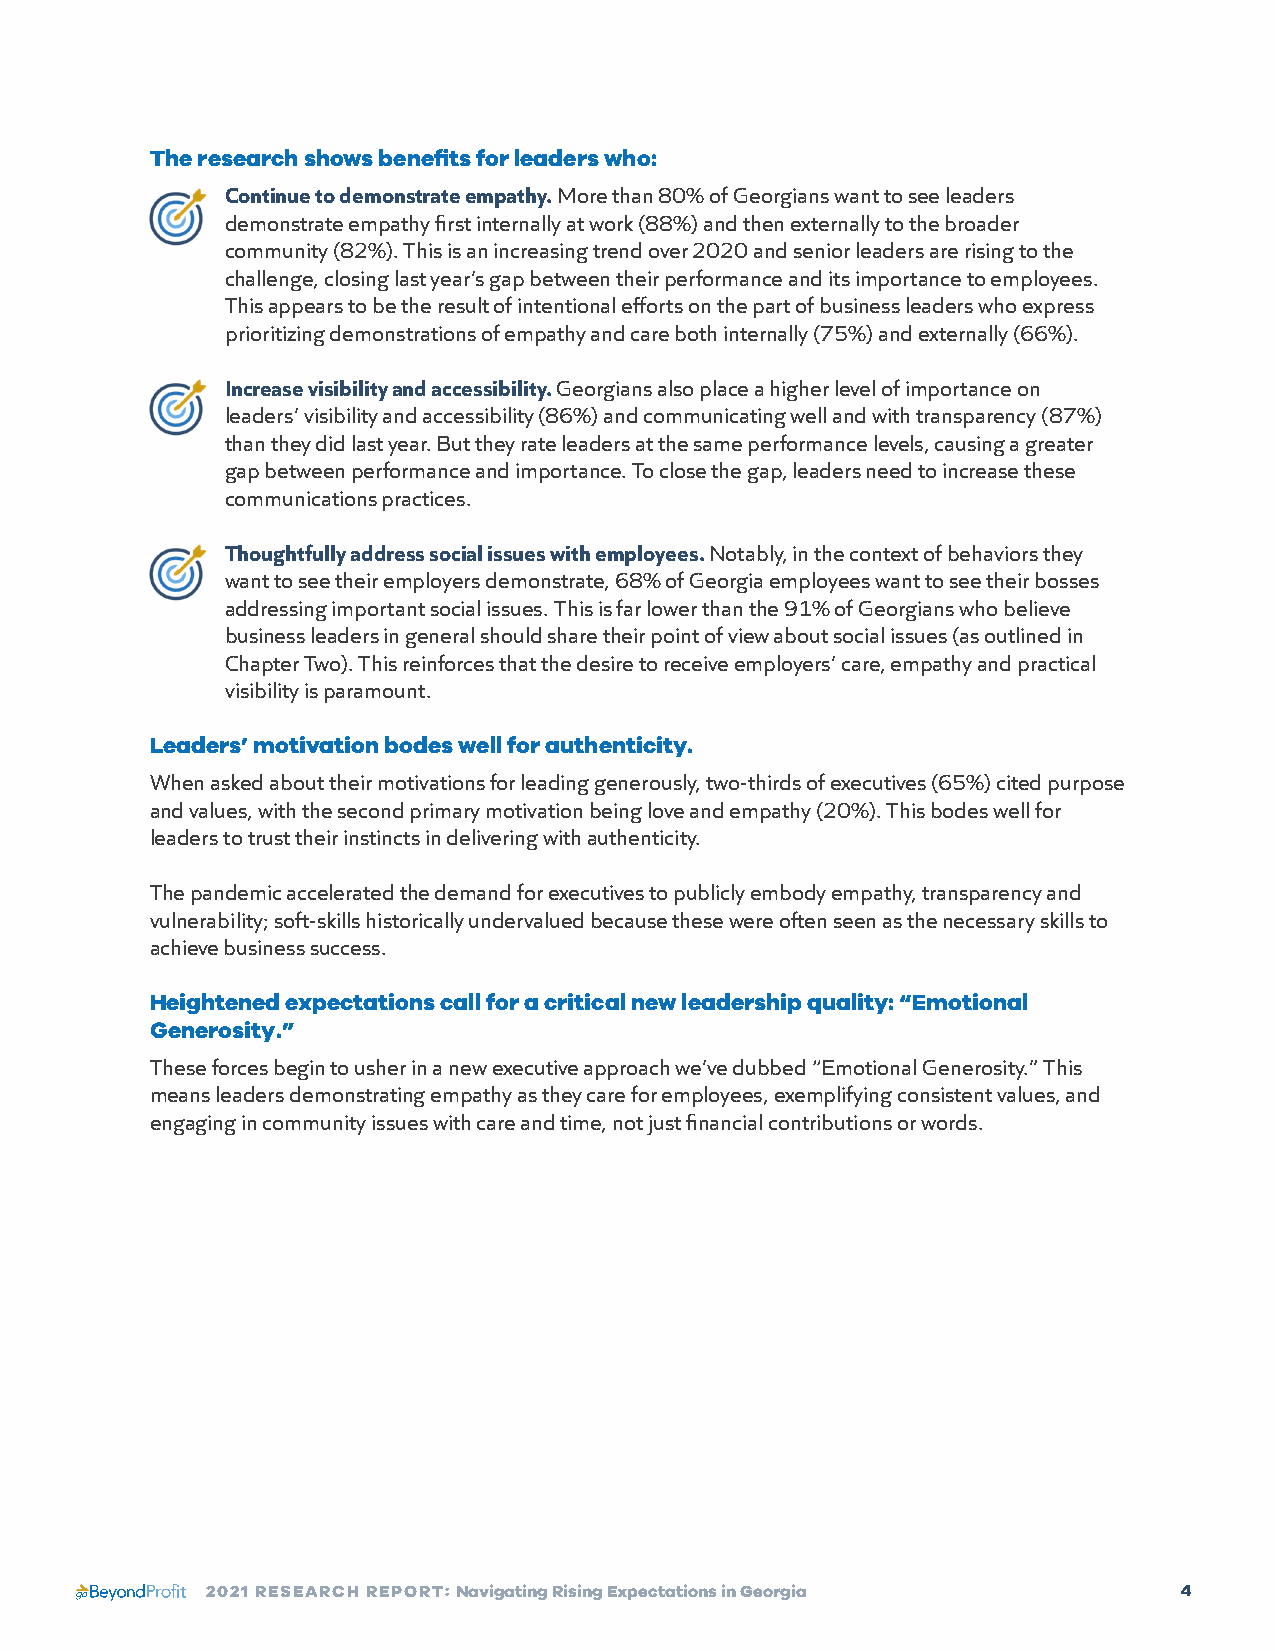
The research shows benefits for leaders who:
 Continue to demonstrate empathy. More than 80% of Georgians want to see leaders
 demonstrate empathy first internally at work (88%) and then externally to the broader
 community (82%). This is an increasing trend over 2020 and senior leaders are rising to the
 challenge, closing last year’s gap between their performance and its importance to employees.
 This appears to be the result of intentional efforts on the part of business leaders who express
 prioritizing demonstrations of empathy and care both internally (75%) and externally (66%).
 Increase visibility and accessibility. Georgians also place a higher level of importance on
 leaders’ visibility and accessibility (86%) and communicating well and with transparency (87%)
 than they did last year. But they rate leaders at the same performance levels, causing a greater
 gap between performance and importance. To close the gap, leaders need to increase these
 communications practices.
 Thoughtfully address social issues with employees. Notably, in the context of behaviors they
 want to see their employers demonstrate, 68% of Georgia employees want to see their bosses
 addressing important social issues. This is far lower than the 91% of Georgians who believe
 business leaders in general should share their point of view about social issues (as outlined in
 Chapter Two). This reinforces that the desire to receive employers’ care, empathy and practical
 visibility is paramount.
 Leaders’ motivation bodes well for authenticity.
 When asked about their motivations for leading generously, two-thirds of executives (65%) cited purpose
 and values, with the second primary motivation being love and empathy (20%). This bodes well for
 leaders to trust their instincts in delivering with authenticity.
 The pandemic accelerated the demand for executives to publicly embody empathy, transparency and
 vulnerability; soft-skills historically undervalued because these were often seen as the necessary skills to
 achieve business success.
 Heightened expectations call for a critical new leadership quality: “Emotional
 Generosity.”
 These forces begin to usher in a new executive approach we’ve dubbed “Emotional Generosity.” This
 means leaders demonstrating empathy as they care for employees, exemplifying consistent values, and
 engaging in community issues with care and time, not just financial contributions or words.
 2021 RESEARCH REPORT: Navigating Rising Expectations in Georgia 4